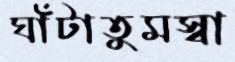
ঘাঁটাতুমস্বা